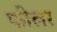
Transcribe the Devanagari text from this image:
फीलर